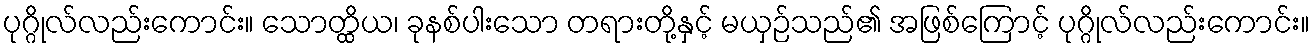
ပုဂ္ဂိုလ်လည်းကောင်း။ သောတ္ထိယ၊ ခုနစ်ပါးသော တရားတို့နှင့် မယှဉ်သည်၏ အဖြစ်ကြောင့် ပုဂ္ဂိုလ်လည်းကောင်း။